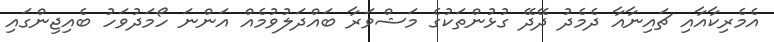
އެމެރިކާއާއި ޗައިނާއާ ދެމެދު ދޭދޭ ގުޅުންތަކުގެ މަޝްވަރާ ބައްދަލުވުމެއް އަންނަ ހޯމަދުވަހު ބެއިޖިންގައި